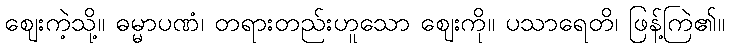
ဈေးကဲ့သို့။ ဓမ္မာပဏံ၊ တရားတည်းဟူသော ဈေးကို။ ပသာရေတိ၊ ဖြန့်ကြဲ၏။